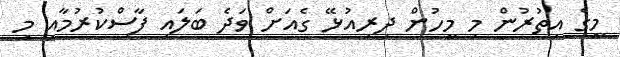
މީގެ އިތުރުން މި މީހުން ދިރިއުޅޭ ގެއަށް ވަދެ ބަލައި ފާސްކުރުމާއި މި